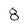
Character: 8